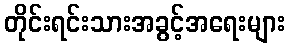
တိုင်းရင်းသားအခွင့်အရေးများ